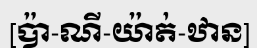
[ប៉ា-ណី-យ៉ាត់-ឋាន]